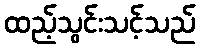
ထည့်သွင်းသင့်သည်